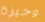
وجيزة